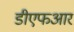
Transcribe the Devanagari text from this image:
डीएफआर